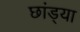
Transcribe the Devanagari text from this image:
छांड्या